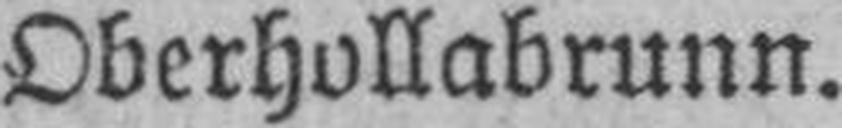
Oberhollabrunn.